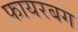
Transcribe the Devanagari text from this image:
फायरबग